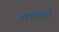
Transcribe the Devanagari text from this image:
जाचने